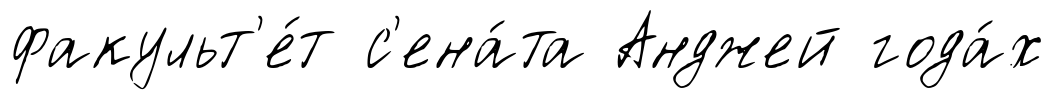
факульт'е́т с'ена́та Анджей года́х